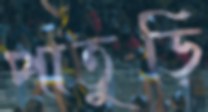
পাতুড়ি